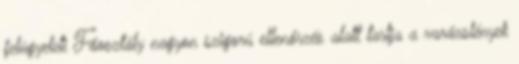
felügyeleti Főosztály nagyon szigorú ellenőrzés alatt tartja a varázslények